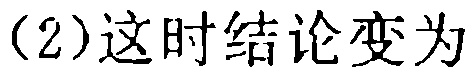
(2)这时结论变为